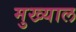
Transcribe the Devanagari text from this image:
मुख्याल